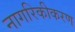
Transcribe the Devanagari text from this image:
नागरिकीकरण